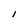
Character: I